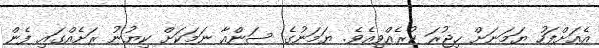
އެއަށްފަހު ޔަމަނަށް ހިޖުރަ ކުރެއްވިއެވެ. ޔަމަނުގެ ސަންއާ ނަމަކަށް ކިޔުނު ރަށެއްގައި ފެން